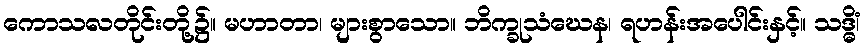
ကောသလတိုင်းတို့၌။ မဟာတာ၊ များစွာသော။ ဘိက္ခုသံဃေန၊ ရဟန်းအပေါင်းနှင့်။ သဒ္ဓိံ၊